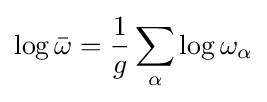
\log {\bar {\omega }}={\frac {1}{g}}\sum _{\alpha }\log \omega _{\alpha }